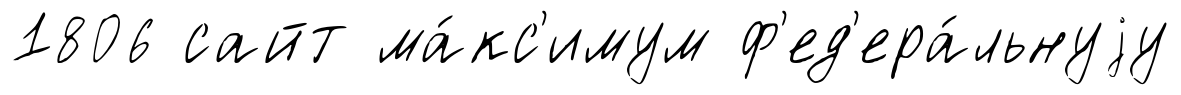
1806 сайт ма́кс'имум ф'ед'ера́льнуjу